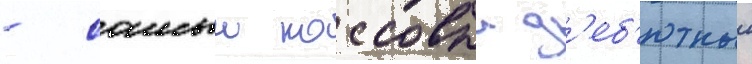
- самыи кассовыи д'еб'ютныи